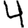
Digit: 4